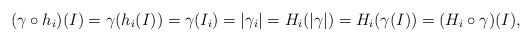
\begin{align*}(\gamma\circ h_i)(I) = \gamma(h_i (I)) = \gamma(I_i) = |\gamma_i| = H_i (|\gamma|) = H_i (\gamma(I)) = (H_i\circ\gamma)(I),\end{align*}